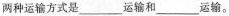
两种运输方式是___运输和___运输。